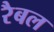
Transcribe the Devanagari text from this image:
रैबल